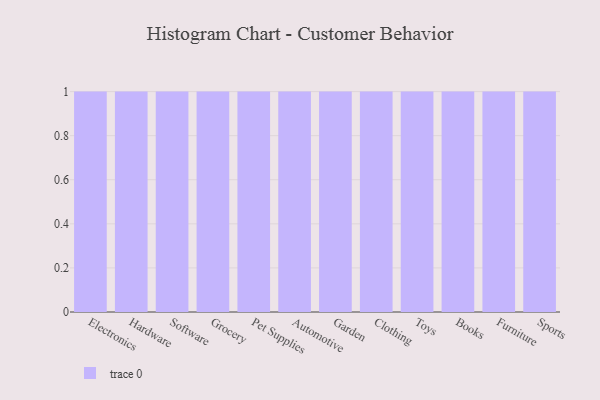
{"axis": {"x": "Category", "y": "Population (Million)"}, "legend": [""], "data": [{"x": "Electronics", "y": 38, "type": ""}, {"x": "Hardware", "y": 96, "type": ""}, {"x": "Software", "y": 27, "type": ""}, {"x": "Grocery", "y": 84, "type": ""}, {"x": "Pet Supplies", "y": 44, "type": ""}, {"x": "Automotive", "y": 74, "type": ""}, {"x": "Garden", "y": 58, "type": ""}, {"x": "Clothing", "y": 37, "type": ""}, {"x": "Toys", "y": 47, "type": ""}, {"x": "Books", "y": 36, "type": ""}, {"x": "Furniture", "y": 86, "type": ""}, {"x": "Sports", "y": 56, "type": ""}]}